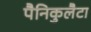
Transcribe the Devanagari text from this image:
पैनिकुलैटा